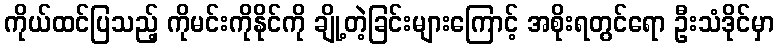
ကိုယ်ထင်ပြသည့် ကိုမင်းကိုနိုင်ကို ချို့တဲ့ခြင်းများကြောင့် အစိုးရတွင်ရော ဦးသံဒိုင်မှာ